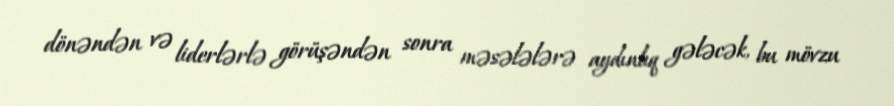
dönəndən və liderlərlə görüşəndən sonra məsələlərə aydınlıq gələcək, bu mövzu